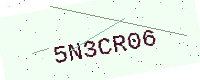
Text: 5N3CR06